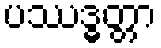
ပဿဒ္ဓတ္တာ